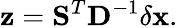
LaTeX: \mathbf{z}=\mathbf{S}^{T}\mathbf{D}^{-1}\delta\mathbf{x}.